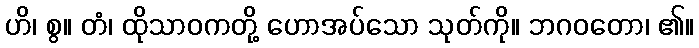
ဟိ၊ စွ။ တံ၊ ထိုသာဝကတို့ ဟောအပ်သော သုတ်ကို။ ဘဂဝတော၊ ၏။